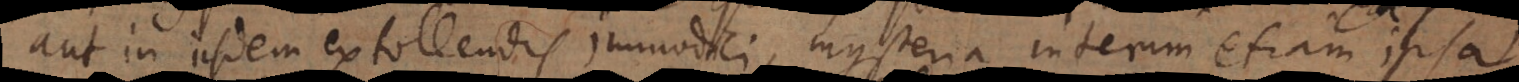
aut in iisdem extollendis immodici, mysteria interim etiam ipsa